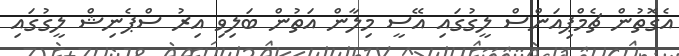
އެގޮތުން ޗެމްޕިއަންސް ލީގުގައި އޭސީ މިލާން އަތުން ބަލިވި އިރު ސްޕެނިޝް ލީގުގައި